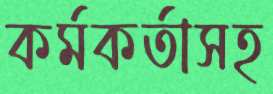
কর্মকর্তাসহ